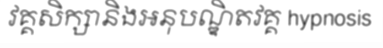
វគ្គសិក្សានិងអនុបណ្ឌិតវគ្គ hypnosis